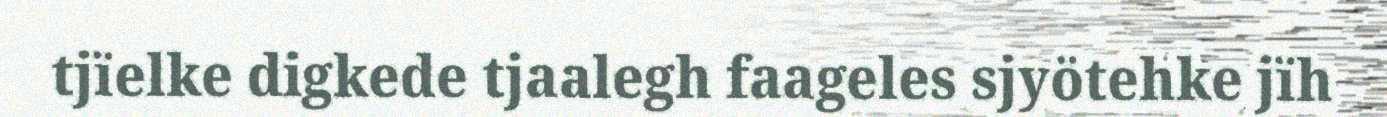
tjïelke digkede tjaalegh faageles sjyötehke jïh